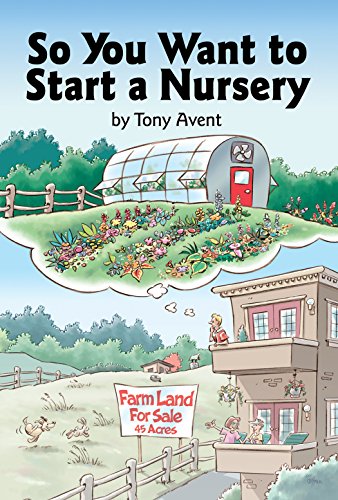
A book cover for So You Want to Start a Nursery; Tony Avent; Crafts, Hobbies & Home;